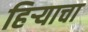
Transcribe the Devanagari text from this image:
हिर्‍याचा